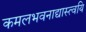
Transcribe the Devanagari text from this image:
कमलभवनाद्यास्त्वयि